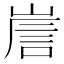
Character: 𡹼